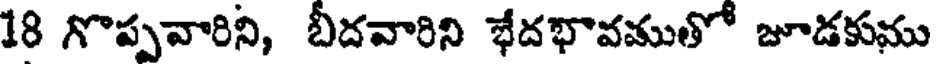
18 గొప్పవారిని, బీదవారిని భేదభావముతో జూడకుము